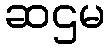
ဆဌမ